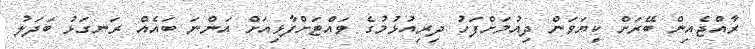
ރާއްޖެއިން ބޭރަށް ކިޔަވަން ދިއުމަށްފަހު ދިރިއުޅުމުގެ ވައްޓަށްފާޅިއަށް އަންނަ ބައެއް ރަނގަޅު ބަދަލު